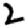
Digit: 2